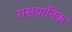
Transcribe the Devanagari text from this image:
रासयानिक